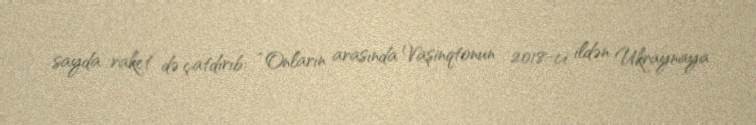
sayda raket də çatdırıb: “Onların arasında Vaşinqtonun 2018-ci ildən Ukraynaya